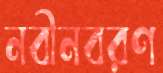
নবীনবরণ